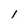
Character: 1